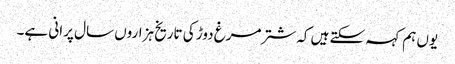
یوں ہم کہہ سکتے ہیں کہ شترمرغ دوڑ کی تاریخ ہزاروں سال پرانی ہے۔